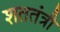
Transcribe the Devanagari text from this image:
शततंत्री